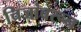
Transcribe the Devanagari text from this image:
चिजांवरून